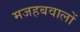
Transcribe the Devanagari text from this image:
मजहबवालों